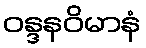
ဝန္ဒနဝိမာနံ